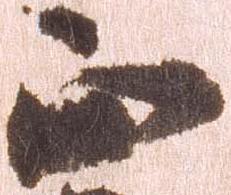
正